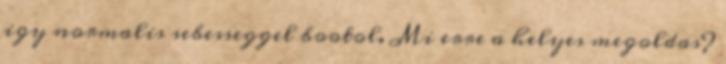
igy normalis sebesseggel bootol. Mi erre a helyes megoldas?